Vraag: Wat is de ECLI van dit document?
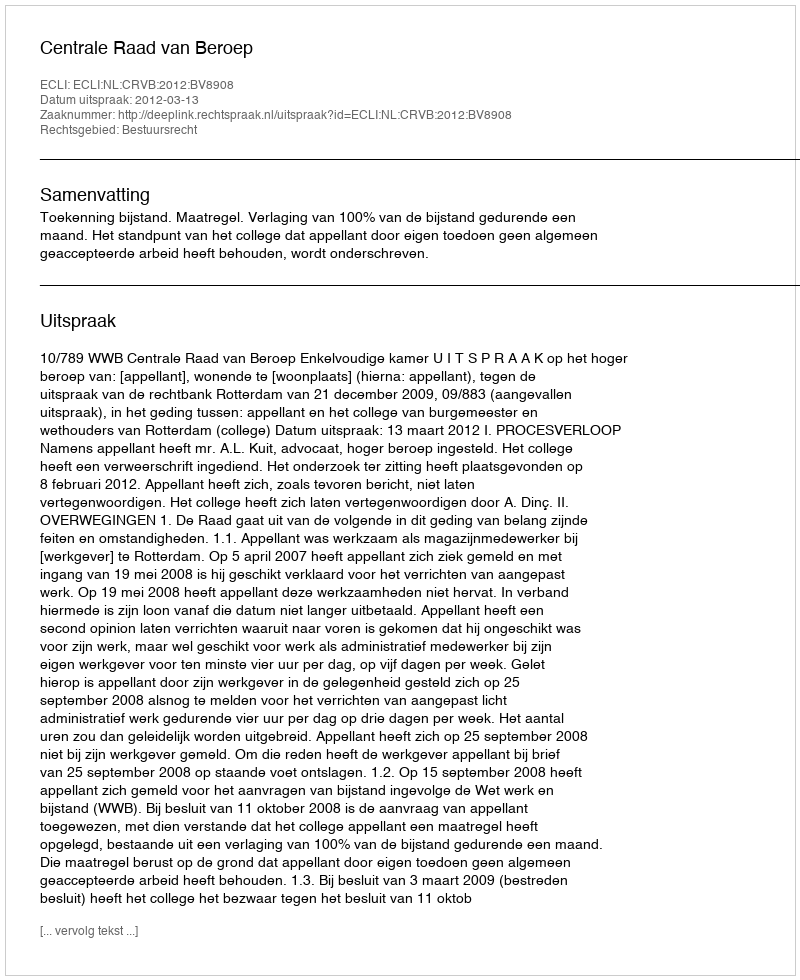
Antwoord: ECLI:NL:CRVB:2012:BV8908